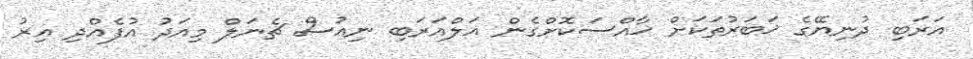
އަރަބި ދުނިޔޭގެ ޚަބަރުތަކަށް ޚާއްސަކޮށްގެން އަލްއަރަބި ނިއުސް ޗެނަލް މިއަދު އުފެއްދި އިރު